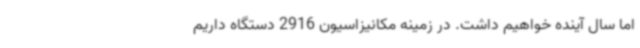
اما سال آینده خواهیم داشت. در زمینه مکانیزاسیون 2916 دستگاه داریم